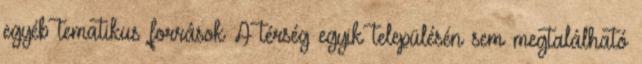
egyéb tematikus források A térség egyik településén sem megtalálható